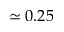
\simeq 0 . 2 5